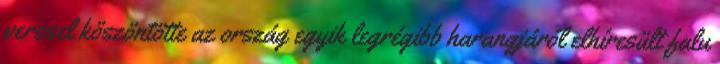
verssel köszöntötte az ország egyik legrégibb harangjáról elhíresült falu